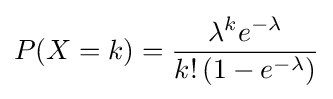
P(X=k)={\frac {\lambda ^{k}e^{-\lambda }}{k!\left(1-e^{-\lambda }\right)}}